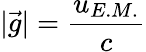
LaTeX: |\vec{g}|=\frac{u_{E.M.}}c